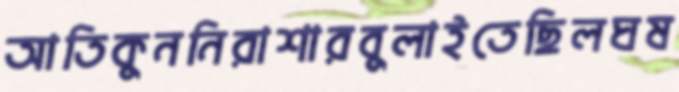
আতিকুননিরাশারবুলাইতেছিলঘষ